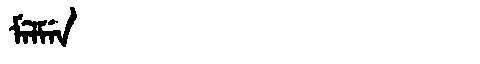
Manchu: ᠮᡝᠯᠮᡝᠨ
Romanization: MELMEN